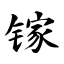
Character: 镓